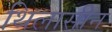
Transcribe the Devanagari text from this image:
थिलासीन